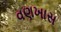
વણખાસ